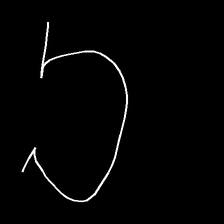
Glyph: weave